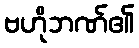
ဗဟိုဘဏ်၏